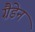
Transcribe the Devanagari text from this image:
ग्रैडेन